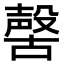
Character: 𣫊